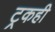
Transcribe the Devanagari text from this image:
ट्रकही